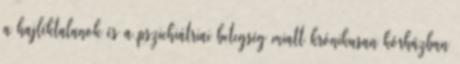
a hajléktalanok és a pszichiátriai betegség miatt krónikusan kórházban